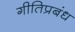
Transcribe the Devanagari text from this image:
गीतिप्रबंध